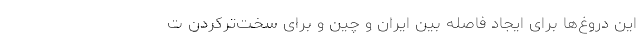
این دروغ‌ها برای ایجاد فاصله بین ایران و چین و برای سخت‌تر‌کردن ت